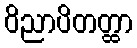
ဝိညာပိတတ္ထာ